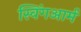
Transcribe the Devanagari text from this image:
स्विंगआर्म